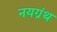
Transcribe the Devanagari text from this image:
नयग्रंथ